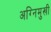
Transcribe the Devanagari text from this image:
अग्निमुखी